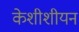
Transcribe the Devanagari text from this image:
केशीशीयन